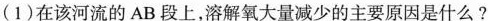
（1）在该河流的AB段上，溶解氧大量减少的主要原因是什么？